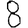
Digit: 8